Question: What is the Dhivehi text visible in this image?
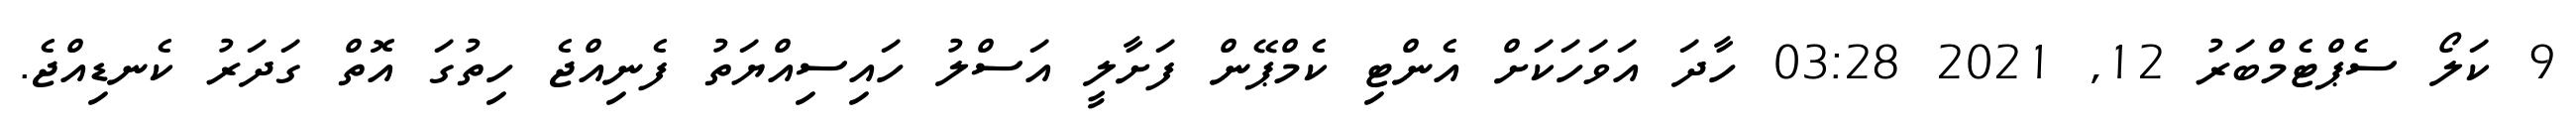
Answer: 9 ކަލޯ ސެޕްޓެމްބަރު 12, 2021 03:28 ހާދަ އަވަހަކަށް އެންޓި ކެމްޕޭން ފަށާލީ އަސްލު ހައިސިއްޔަތު ފެނިއްޖެ ހިތުގަ އޮތް ގަދަރު ކެނޑިއްޖެ.